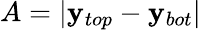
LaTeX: A=|\mathbf{y}_{top}-\mathbf{y}_{bot}|